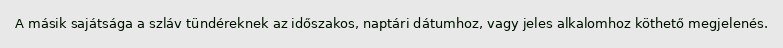
A másik sajátsága a szláv tündéreknek az időszakos, naptári dátumhoz, vagy jeles alkalomhoz köthető megjelenés.